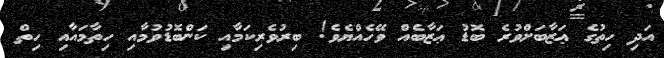
އަދި ހިތުގެ ޢަޒާބަށްވުރެ ބޮޑު ޢަޒާބެއް ވޭހެއްޔެވެ! ބިރުވެރިކަމާއި ކަންބޮޑުވުމާއި ހިތާމައާއި ހިތް